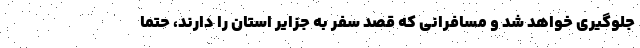
جلوگیری خواهد شد و مسافرانی که قصد سفر به جزایر استان را دارند، حتما